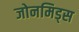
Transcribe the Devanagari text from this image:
जोनमिड्स